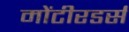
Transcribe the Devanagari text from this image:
मोंटीरडर्स